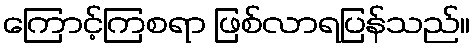
ကြောင့်ကြစရာ ဖြစ်လာရပြန်သည်။